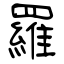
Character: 羅